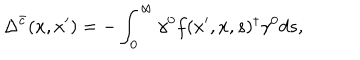
LaTeX: \Delta ^ { \bar { c } } ( x , x ^ { \prime } ) = - \int _ { 0 } ^ { \infty } \gamma ^ { 0 } f ( x ^ { \prime } , x , s ) ^ { \dagger } \gamma ^ { 0 } d s ,